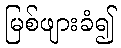
မြစ်ဖျားခံ၍